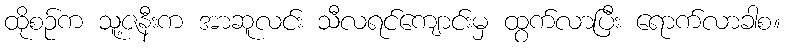
ထိုစဉ်က သူ့ဇနီးက အာဆူလင်း သီလရင်ကျောင်းမှ ထွက်လာပြီး ရောက်လာခါစ။